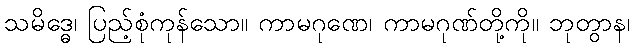
သမိဒ္ဓေ၊ ပြည့်စုံကုန်သော။ ကာမဂုဏေ၊ ကာမဂုဏ်တို့ကို။ ဘုတွာန၊